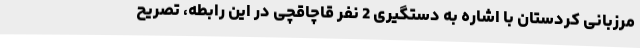
مرزبانی کردستان با اشاره به دستگیری 2 نفر قاچاقچی در این رابطه، تصریح